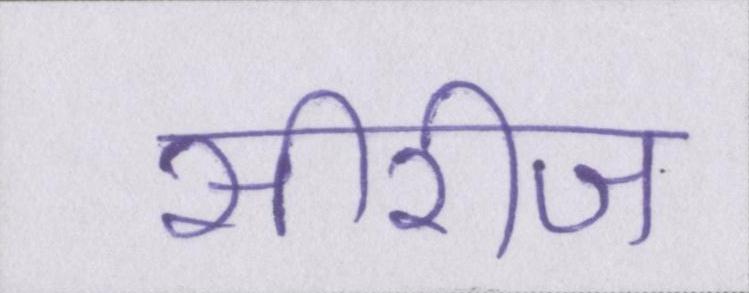
सीरीज